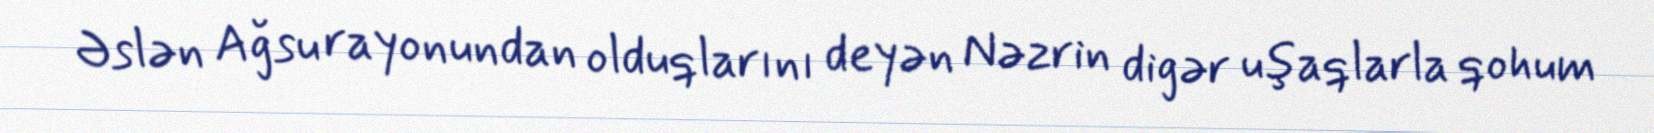
Əslən Ağsu rayonundan olduqlarını deyən Nəzrin digər uşaqlarla qohum